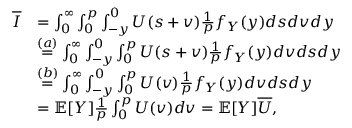
\begin{array} { r l } { \overline { { I } } } & { = \int _ { 0 } ^ { \infty } \int _ { 0 } ^ { p } \int _ { - y } ^ { 0 } U ( s + v ) \frac { 1 } { p } f _ { Y } ( y ) d s d v d y } \\ & { \overset { ( a ) } { = } \int _ { 0 } ^ { \infty } \int _ { - y } ^ { 0 } \int _ { 0 } ^ { p } U ( s + v ) \frac { 1 } { p } f _ { Y } ( y ) d v d s d y } \\ & { \overset { ( b ) } { = } \int _ { 0 } ^ { \infty } \int _ { - y } ^ { 0 } \int _ { 0 } ^ { p } U ( v ) \frac { 1 } { p } f _ { Y } ( y ) d v d s d y } \\ & { = \mathbb { E } [ Y ] \frac { 1 } { p } \int _ { 0 } ^ { p } U ( v ) d v = \mathbb { E } [ Y ] \overline { { U } } , } \end{array}